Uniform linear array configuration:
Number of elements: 16
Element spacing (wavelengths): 1
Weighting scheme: cosine
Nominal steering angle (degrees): -15
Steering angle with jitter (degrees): -13.611
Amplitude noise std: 0.05
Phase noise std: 0.05

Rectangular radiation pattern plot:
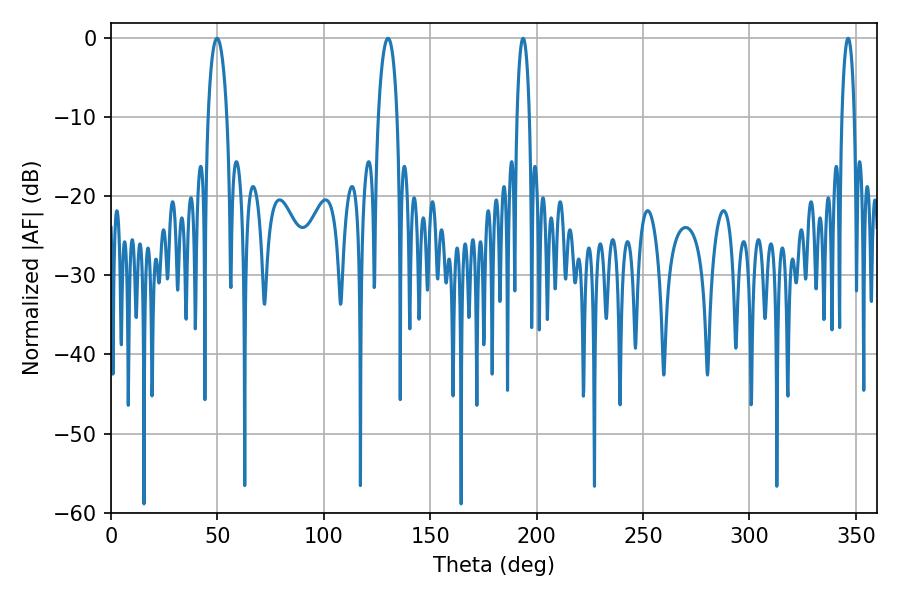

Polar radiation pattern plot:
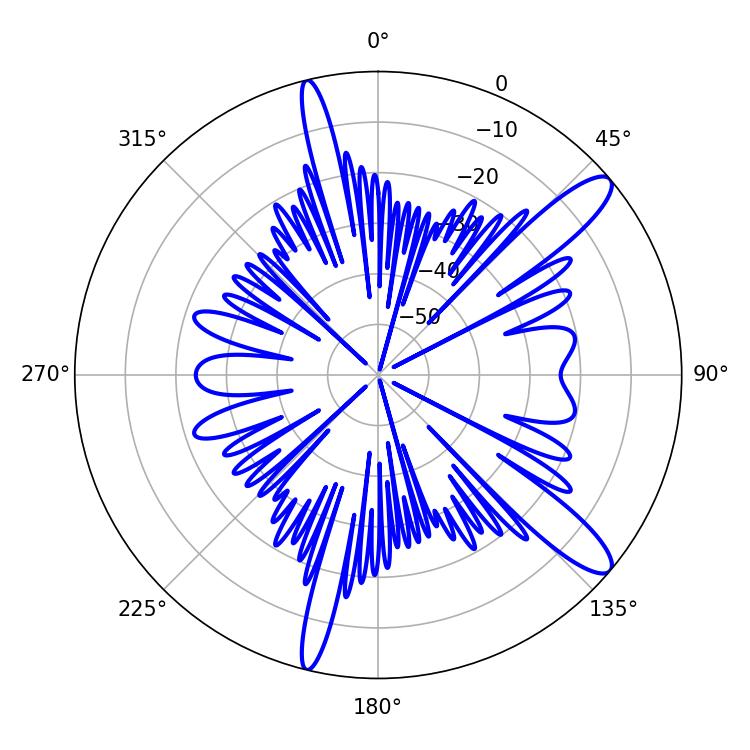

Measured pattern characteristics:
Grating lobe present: TRUE
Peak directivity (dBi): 12.25
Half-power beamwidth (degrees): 5.04
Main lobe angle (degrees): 49.86